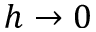
h \to 0